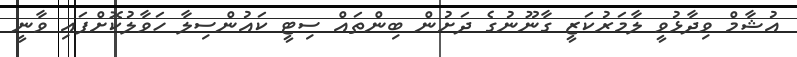
އުޝާމް ވިދާޅުވީ ލާމަރުކަޒީ ގާނޫނުގެ ދަށުން ބިންތައް ސިޓީ ކައުންސިލާ ހަވާލުކޮށްފައި ވާނީ